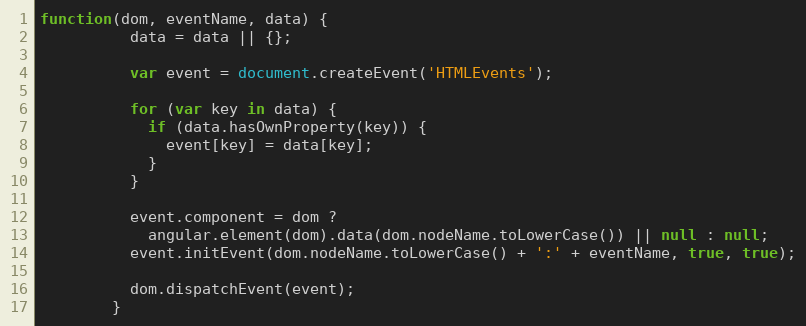
Language: JavaScript
function(dom, eventName, data) {
          data = data || {};

          var event = document.createEvent('HTMLEvents');

          for (var key in data) {
            if (data.hasOwnProperty(key)) {
              event[key] = data[key];
            }
          }

          event.component = dom ?
            angular.element(dom).data(dom.nodeName.toLowerCase()) || null : null;
          event.initEvent(dom.nodeName.toLowerCase() + ':' + eventName, true, true);

          dom.dispatchEvent(event);
        }